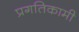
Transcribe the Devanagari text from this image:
प्रगतिकामी